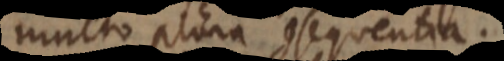
multo plura consequentia.